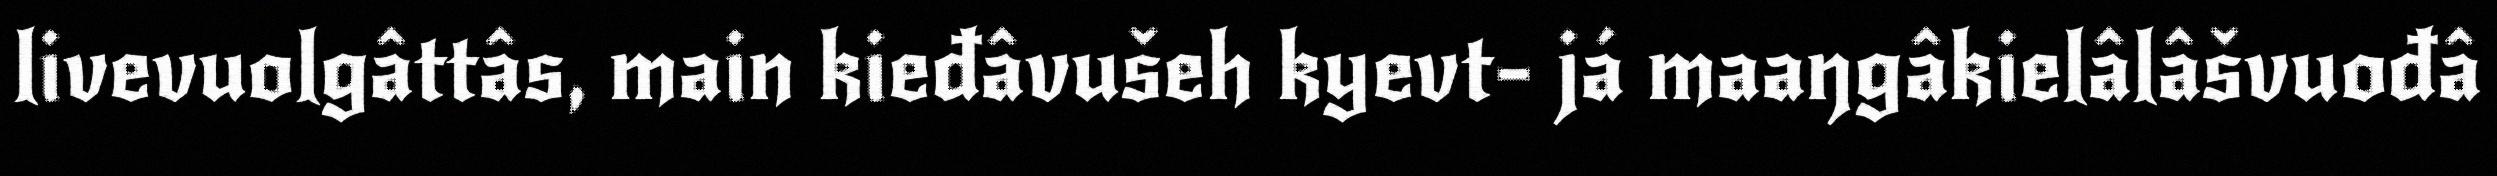
livevuolgâttâs, main kieđâvušeh kyevt- já maaŋgâkielâlâšvuođâ